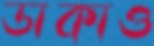
ডাকাও